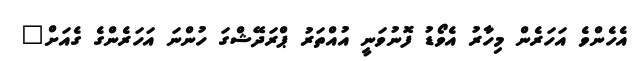
އެހެންވެ އަހަރެން މިހާރު އެވޯޑު ފޮނުވަނީ އުއްތަރު ޕްރަދޭޝްގަ ހުންނަ އަހަރެންގެ ގެއަށް"